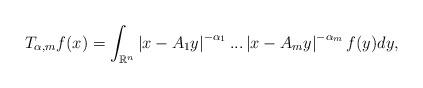
LaTeX: \begin{align*}T_{\alpha, m}f(x)=\int_{\mathbb{R}^{n}} \left\vert x-A_{1}y\right\vert ^{-\alpha_{1}}...\left\vert x-A_{m}y\right\vert ^{-\alpha _{m}}f(y)dy, \end{align*}